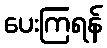
ပေးကြရန်